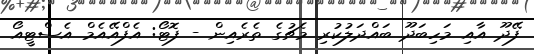
ފޭދޫ އާއި މަހިބަދޫ ބައްދަލުކުރި މެޗުގެ ތެރެއިން - ފޮޓޯ: އެފްއޭއެމް އެސްޓީއޯ